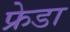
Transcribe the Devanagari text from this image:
फ्रेडा